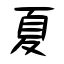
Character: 夏